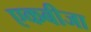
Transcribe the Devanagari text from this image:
एकबीजा